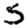
Digit: 5